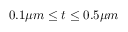
0 . 1 \mu m \leq t \leq 0 . 5 \mu m